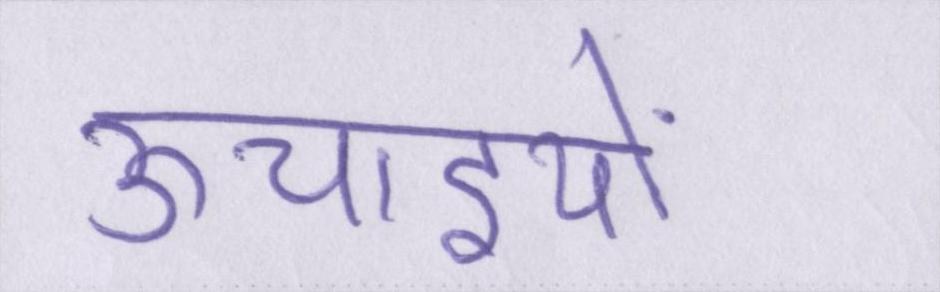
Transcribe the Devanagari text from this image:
ऊचाइयों